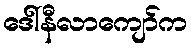
ဒေါ်နီလာကျော်က